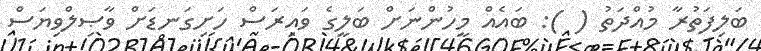
ބަލިފަތުރާ މުއްދަތު ( ): ބައެއް މީހުންނަށް ބަލީގެ ވައިރަސް ހަށިގަނޑަށް ވާޞިލްވިޔަސް